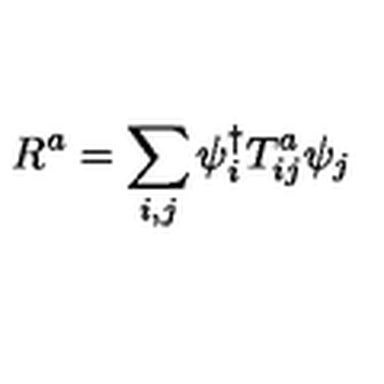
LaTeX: R ^ { a } = \sum _ { i , j } \psi _ { i } ^ { \dagger } T _ { i j } ^ { a } \psi _ { j }